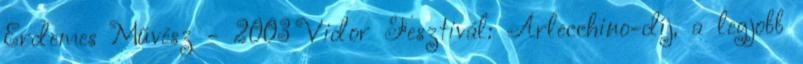
Érdemes Művész - 2003 Vidor Fesztivál: Arlecchino-díj, a legjobb